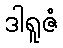
ဒါရူဇံ